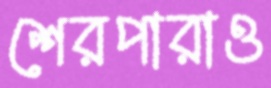
শেরপারাও